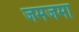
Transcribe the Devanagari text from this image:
जमजमा